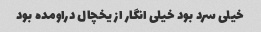
خیلی سرد بود خیلی انگار از یخچال دراومده بود